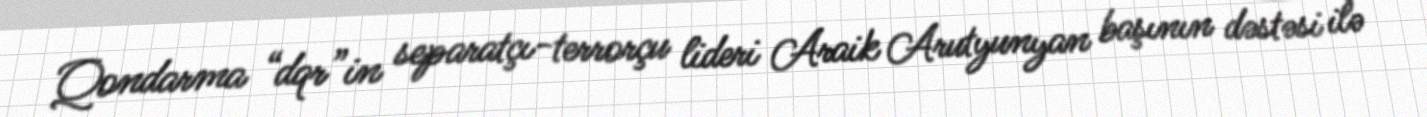
Qondarma “dqr”in separatçı-terrorçu lideri Araik Arutyunyan başının dəstəsi ilə